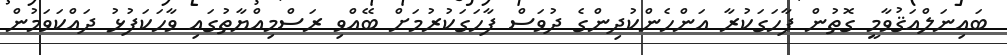
ބައިނަލްއަޤުވާމީ ގޮތުން ފާހަގަކުރާ އަންހެންކުދިންގެ ދުވަސް ފާހަގަކުރުމަށް ބޭއްވި ރަސްމިއްޔާތުގައި ވާހަކަފުޅު ދައްކަވަމުން